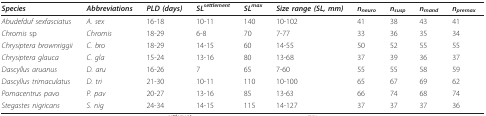
<table><thead><tr><td><b><i>Species</i></b></td><td><b><i>Abbreviations</i></b></td><td><b><i>PLD (days)</i></b></td><td><b><i>SL<sup>settlement</sup></i></b></td><td><b><i>SL<sup>max</sup></i></b></td><td><b><i>Size range (SL, mm)</i></b></td><td><b><i>n<sub>neuro</sub></i></b></td><td><b><i>n<sub>susp</sub></i></b></td><td><b><i>n<sub>mand</sub></i></b></td><td><b><i>n<sub>premax</sub></i></b></td></tr></thead><tbody><tr><td><i>Abudefduf sexfasciatus</i></td><td><i>A. sex</i></td><td>16-18</td><td>10-11</td><td>140</td><td>10-102</td><td>41</td><td>38</td><td>43</td><td>41</td></tr><tr><td><i>Chromis </i>sp</td><td><i>Chromis</i></td><td>18-29</td><td>6-8</td><td>70</td><td>7-77</td><td>33</td><td>36</td><td>35</td><td>34</td></tr><tr><td><i>Chrysiptera brownriggii</i></td><td><i>C. bro</i></td><td>18-29</td><td>14-15</td><td>60</td><td>14-55</td><td>50</td><td>52</td><td>55</td><td>55</td></tr><tr><td><i>Chrysiptera glauca</i></td><td><i>C. gla</i></td><td>15-24</td><td>13-16</td><td>80</td><td>13-68</td><td>37</td><td>39</td><td>36</td><td>37</td></tr><tr><td><i>Dascyllus aruanus</i></td><td><i>D. aru</i></td><td>16-26</td><td>7</td><td>65</td><td>7-60</td><td>55</td><td>55</td><td>58</td><td>59</td></tr><tr><td><i>Dascyllus trimaculatus</i></td><td><i>D. tri</i></td><td>21-30</td><td>10-11</td><td>110</td><td>10-100</td><td>65</td><td>67</td><td>69</td><td>62</td></tr><tr><td><i>Pomacentrus pavo</i></td><td><i>P. pav</i></td><td>20-27</td><td>13-16</td><td>85</td><td>13-63</td><td>66</td><td>74</td><td>68</td><td>74</td></tr><tr><td><i>Stegastes nigricans</i></td><td><i>S. nig</i></td><td>24-34</td><td>14-15</td><td>115</td><td>14-127</td><td>37</td><td>37</td><td>37</td><td>36</td></tr></tbody></table>